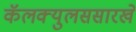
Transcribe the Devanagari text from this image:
कॅलक्युलससारखे